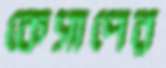
কেসাপের